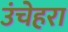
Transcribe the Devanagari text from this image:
उंचेहरा